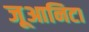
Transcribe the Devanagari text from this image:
जूआनिटा